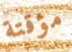
مؤقتة